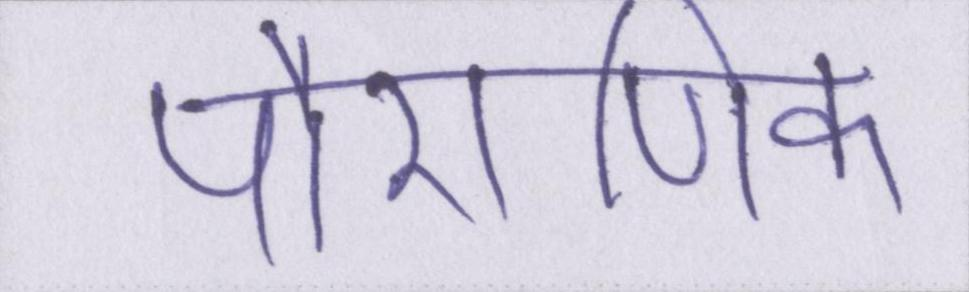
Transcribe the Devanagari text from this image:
पौराणिक